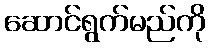
ဆောင်ရွက်မည်ကို